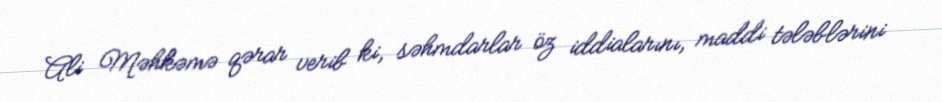
Ali Məhkəmə qərar verib ki, səhmdarlar öz iddialarını, maddi tələblərini